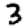
Digit: 3